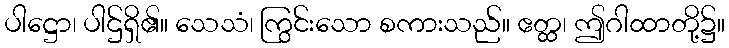
ပါဋ္ဌော၊ ပါဌ်ရှိ၏။ သေသံ၊ ကြွင်းသော စကားသည်။ ဧတ္ထ၊ ဤဂါထာတို့၌။